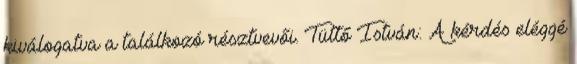
kiválogatva a találkozó résztvevői. Tüttő István: A kérdés eléggé